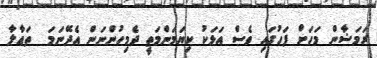
ރަމަޟާން މަހަށް ފަހުގައި ވެސް އަޅަކު ކިޔަމަންމަތީ ދެމިހުންނަން އެދޭނަމަ  ތަޢާލާ